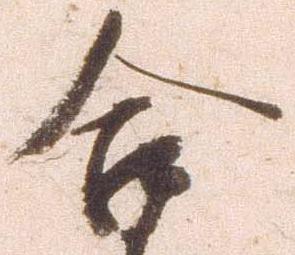
合